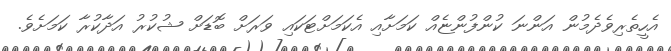
އެހީތެރިވެދެމުން އަންނަ ކުންފުންޏެއް ކަމަށާއި އެކަމަށްޓަކައި ވަރަށް ބޮޑަށް ޝުކުރު އަދާކުރާ ކަމަށެވެ.